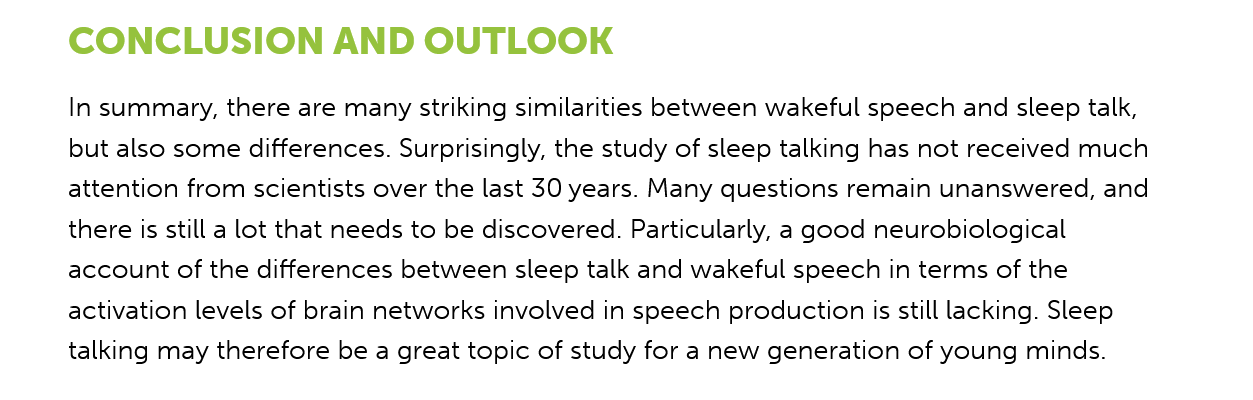
CONCLUSION    AND    OUTLOOK
     In summary, there are many striking similarities between wakeful speech and sleep talk,
     but also some differences. Surprisingly, the study of sleep talking has not received much
     attention from scientists over the last 30 years. Many questions remain unanswered, and
     there is still a lot that needs to be discovered. Particularly, a good neurobiological
     account of the differences between sleep talk and wakeful speech in terms of the
     activation levels of brain networks involved in speech production is still lacking. Sleep
     talking may therefore be a great topic of study for a new generation of young minds.